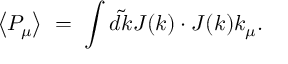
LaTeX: \left\langle P _ { \mu } \right\rangle \; = \; \int \tilde { d k } J ( k ) \cdot J ( k ) k _ { \mu } .